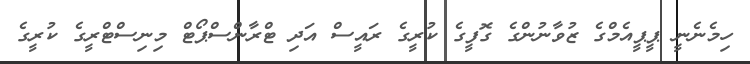
ހިމެނެނީ ޕީޕީއެމްގެ ޒުވާނުންގެ ގޮފީގެ ކުރީގެ ރައީސް އަދި ޓްރާންސްޕޯޓް މިނިސްޓްރީގެ ކުރީގެ